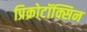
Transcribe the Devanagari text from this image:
प्रिक्रोटॉक्सिन